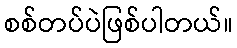
စစ်တပ်ပဲဖြစ်ပါတယ်။